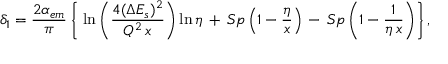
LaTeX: \delta _ { 1 } = { \frac { 2 \alpha _ { e m } } { \pi } } \left\{ \; \ln \left( { \frac { 4 ( \Delta E _ { s } ) ^ { 2 } } { Q ^ { 2 } \, x } } \right) \ln \eta \, + \, S p \left( 1 - { \frac { \eta } { x } } \right) \, - \, S p \left( 1 - { \frac { 1 } { \eta \, x } } \right) \right\} ,